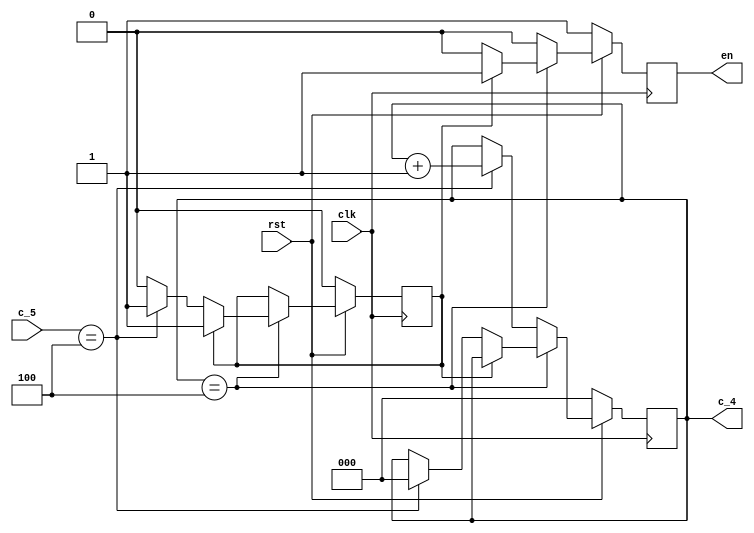
`timescale 1ns / 1ps
//////////////////////////////////////////////////////////////////////////////////
// Company: 
// Engineer: 
// 
// Design Name: 
// Module Name:    Contador_Inicializacion 
// Project Name: 
// Target Devices: 
// Tool versions: 
// Description: 
//
// Dependencies: 
//
// Revision: 
// Revision 0.01 - File Created
// Additional Comments: 
//
//////////////////////////////////////////////////////////////////////////////////
module Contador_Inicializacion(
    input rst,
    input clk,
    input [3:0] c_5,
    output reg en,
    output reg [2:0] c_4
    );
	 
	 reg doble = 1'd0;
	 
    always @(posedge clk)
	    
	    if (!rst)
		 begin
		  c_4 <= 3'd0;
		  en <= 1'd1;
		  doble <= 1'd0;
		 end
	    else 
		 begin
		 en <= 0;
		 if (c_4 == 3'd4)
		      begin
				 if (doble) en <= 1;
				 else 
				 begin
				   if (c_5 == 4'd4)
					begin
					   if (!doble)
						begin
		               c_4 <= 3'd0;
						   doble <= 1'd1;
						   en <= 0;
					   end 
						else 
						   begin
						   c_4 <= c_4;
							en <= 1;
							end
					end 
					else c_4 <= c_4;
					end
				end
				else if (c_5 == 4'd4)
				     begin
					     c_4 <= c_4 + 3'd1;
					     en <= 1'd0;
					  end
					  else c_4 <= c_4;
		  end 
endmodule